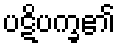
ပဋိပက္ခ၏